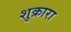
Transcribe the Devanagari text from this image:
शुक्रारा